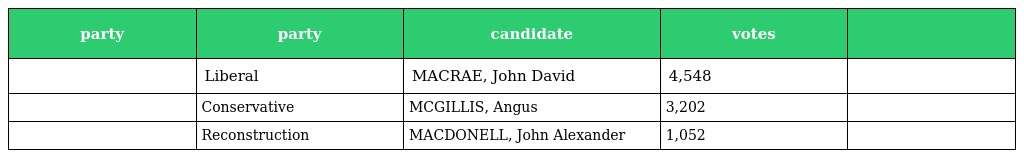
| party | party | candidate | votes |  |
 | --- | --- | --- | --- | --- |
 |  | Liberal | MACRAE, John David | 4,548 |  |
 |  | Conservative | MCGILLIS, Angus | 3,202 |  |
 |  | Reconstruction | MACDONELL, John Alexander | 1,052 |  |